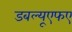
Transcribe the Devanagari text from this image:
डबल्यूएफए